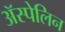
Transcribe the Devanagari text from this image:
ॲस्पेलिन